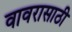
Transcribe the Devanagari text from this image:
वावरासाठी